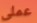
عملى